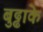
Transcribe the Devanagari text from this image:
बुढ्ढाके